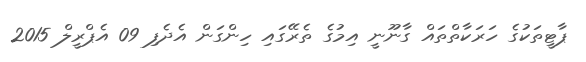
ޕާޓީތަކުގެ ހަރަކާތްތައް ގާނޫނީ އިމުގެ ތެރޭގައި ހިންގަން އެދެފި 09 އެޕްރީލް 2015